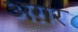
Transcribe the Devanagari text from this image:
अग़र